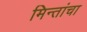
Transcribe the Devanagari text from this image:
मिन्तांचा